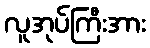
လူအုပ်ကြီးအား